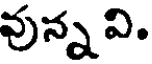
వున్న వి.